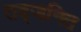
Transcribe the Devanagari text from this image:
तद्जनित